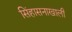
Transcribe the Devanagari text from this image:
सिंहासनाखाली